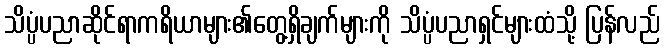
သိပ္ပံပညာဆိုင်ရာကရိယာများ၏တွေ့ရှိချက်များကို သိပ္ပံပညာရှင်များထံသို့ ပြန်လည်